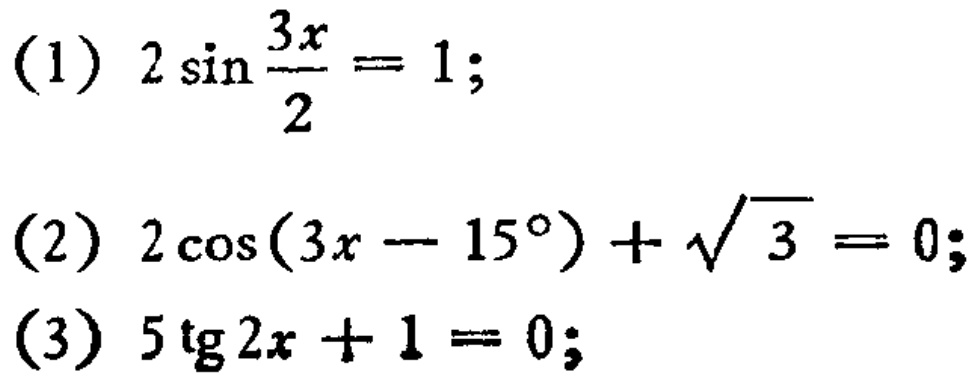
(1) \(2\sin\frac{3x}{2}=1\);
(2) \(2\cos(3x - 15^{\circ})+\sqrt{3}=0\);
(3) \(5\mathrm{tg}2x + 1 = 0\);